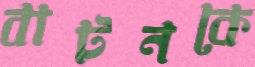
বাটনকে